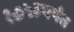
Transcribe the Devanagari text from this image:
१७५३पर्यंत